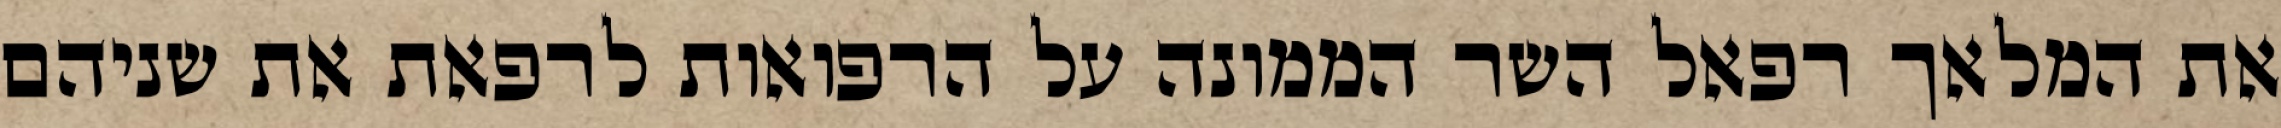
את המלאך רפאל השר הממונה על הרפואות לרפאת את שניהם